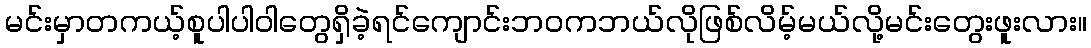
မင်းမှာတကယ့်စူပါပါဝါတွေရှိခဲ့ရင်ကျောင်းဘဝကဘယ်လိုဖြစ်လိမ့်မယ်လို့မင်းတွေးဖူးလား။